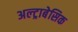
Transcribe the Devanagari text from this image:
अल्ट्राबेसिक